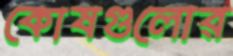
কোষগুলোর